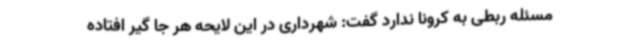
مسئله ربطی به کرونا ندارد گفت: شهرداری در این لایحه هر جا گیر افتاده